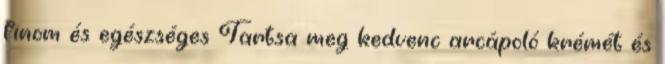
finom és egészséges Tartsa meg kedvenc arcápoló krémét és